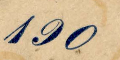
190